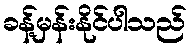
ခန့်မှန်းနိုင်ပါသည်